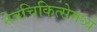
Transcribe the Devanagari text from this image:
नेत्रचिकित्सेमध्ये